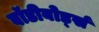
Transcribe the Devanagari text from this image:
बॉडीबोर्ड्स